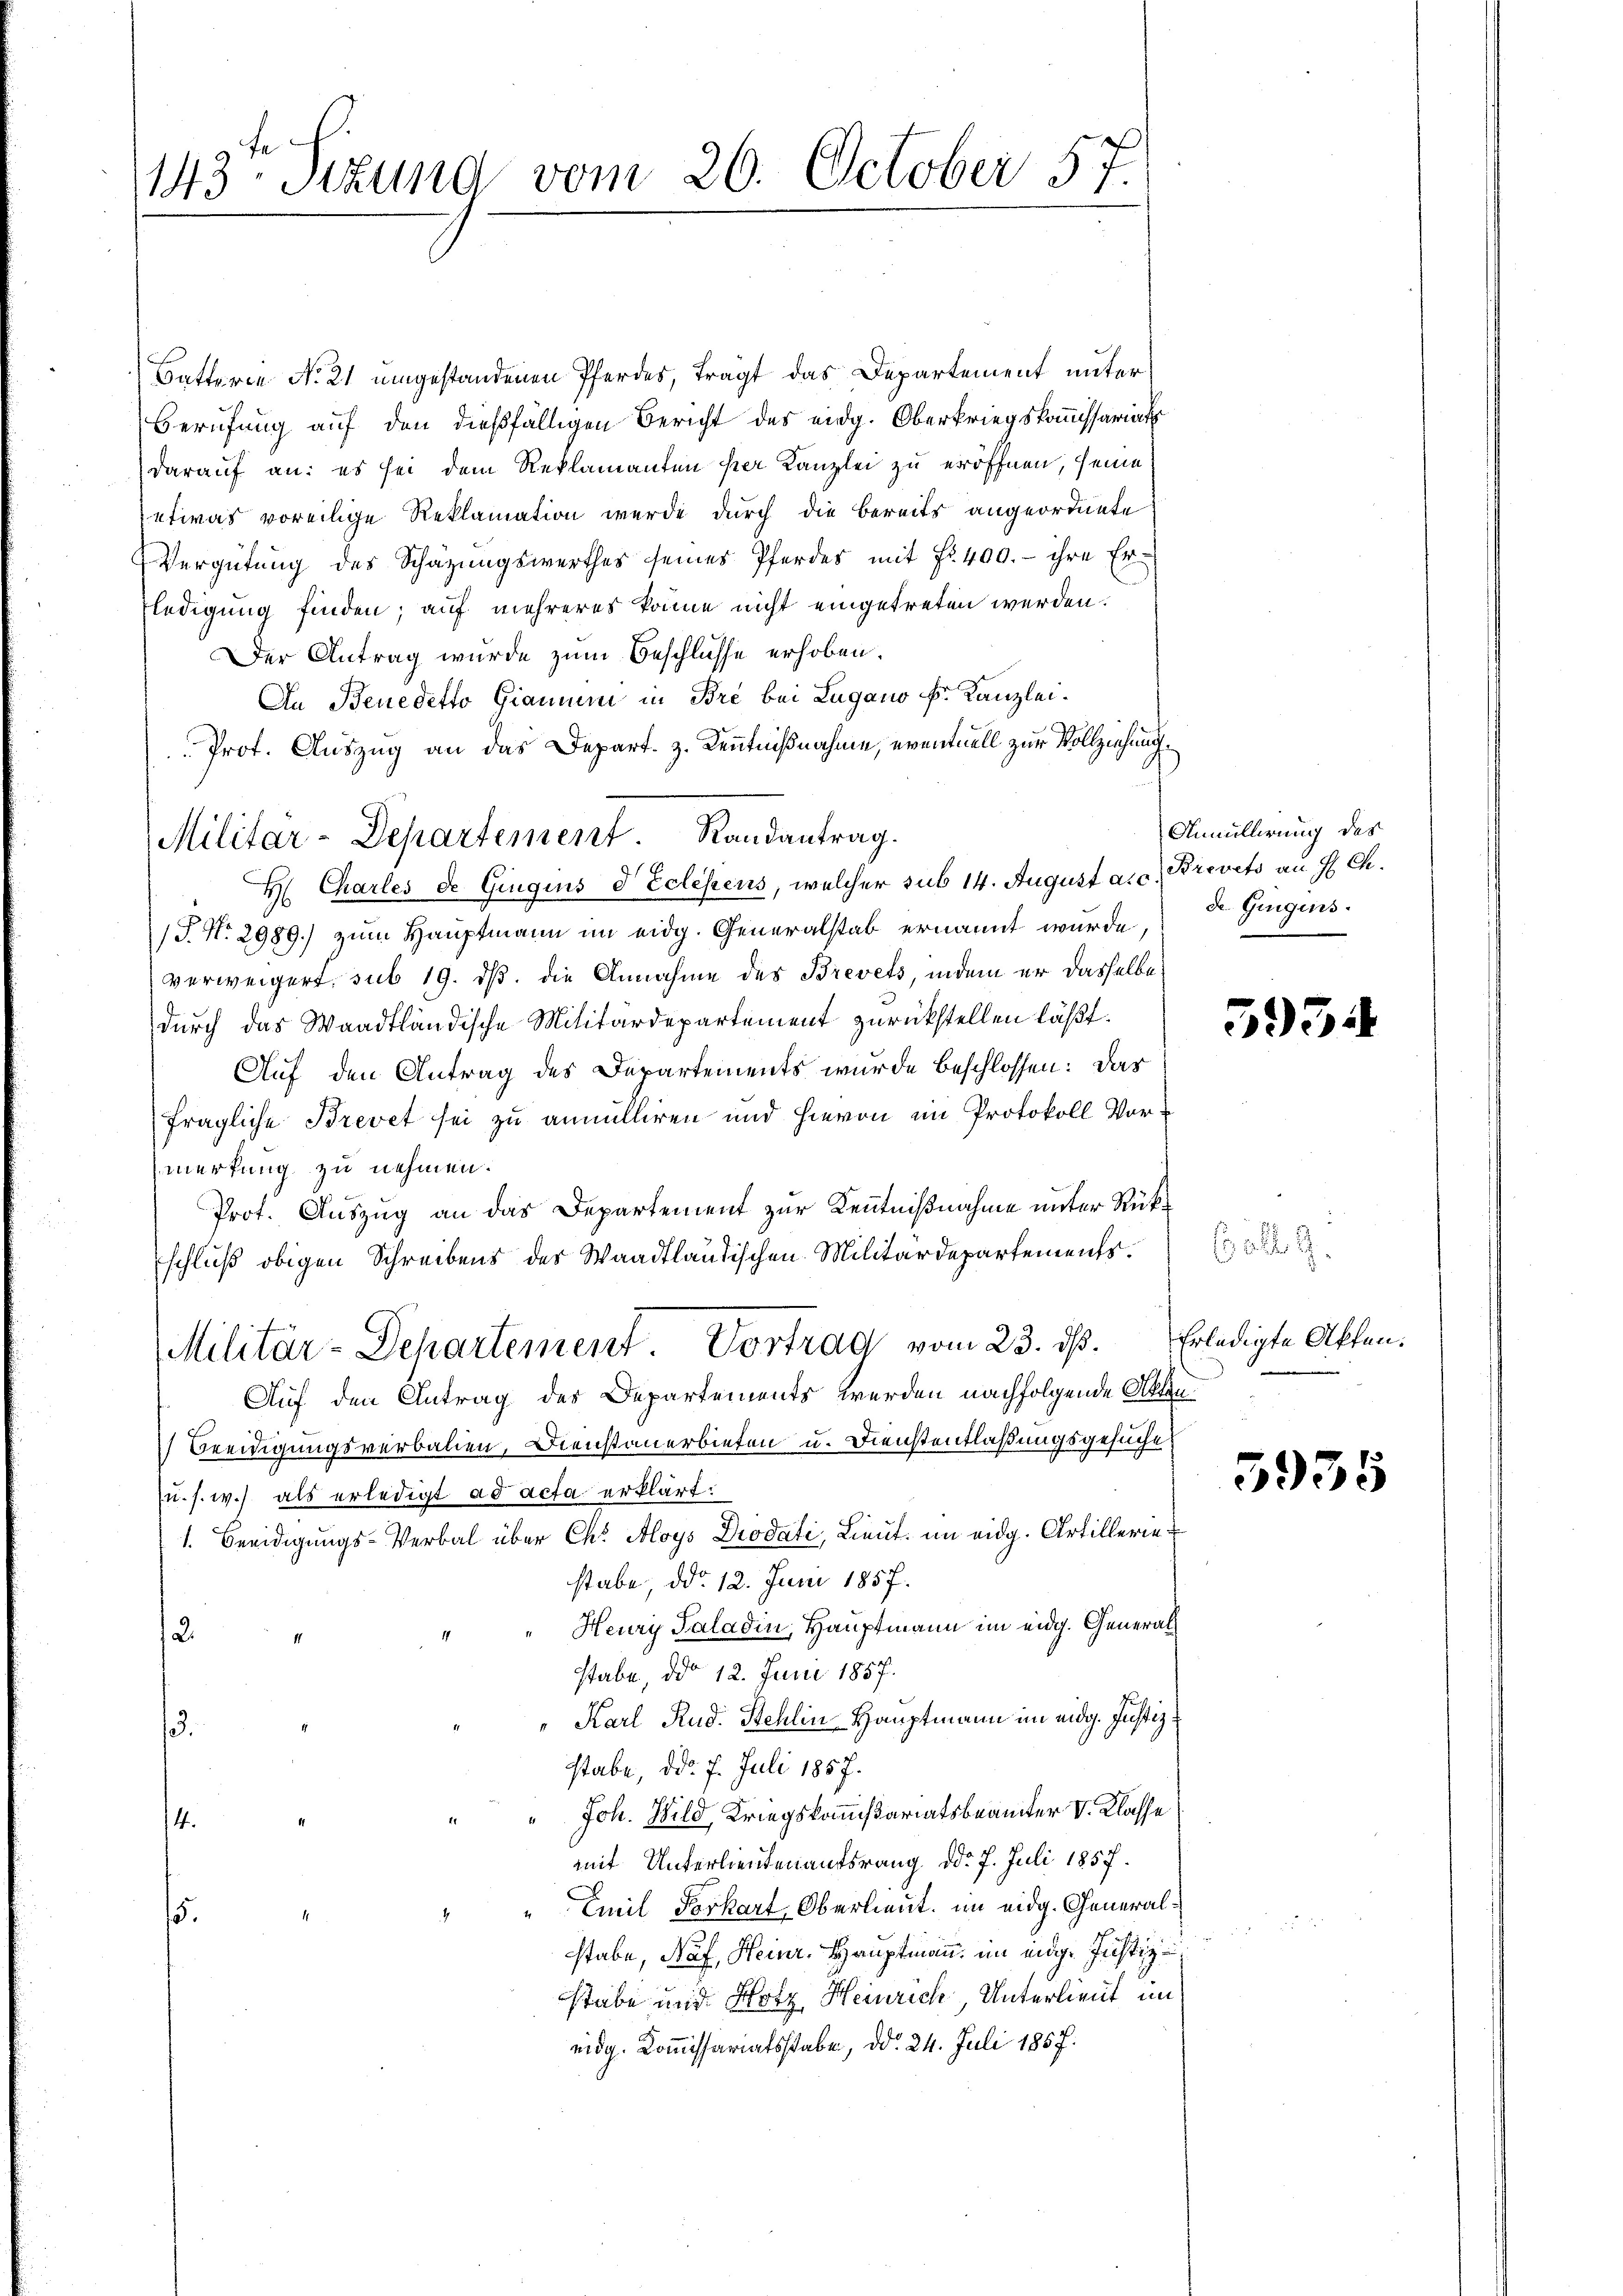
143. Sekund vom 26. October 57.

Batterie No 21 umgestandenen Pferdes, tragt das Departement unter
Berufung auf den dießfälligen Bericht des eidg. Oberkriegskommissariat
darauf an: es sei dem Reklamanten per Kanzlei zu eröffnen, seine
etwas voreilige Reklamation werde durch die bereits angeordnete
Vergütung des Schazungswerthes seines Pferdes mit Fr. 400.- ihre Er-
fledigung finden; auf mehreres könne nicht eingetreten werden.
Der Antrag wurde zum Beschlüsse erhoben.
An Benedetto Gianum in Bre bei Lugano k. Kanzlei.
Prot. Auszug an das Depart. 3. Kenntnißnahme, eventuell zur Vollziehungs¬
H Charles de Gingius d Eclehens, welcher sub 14. August a.c. Brevets an H Ch.
/J. No. 2989.) zum Hauptmann im eidg. Generalstab ernannt wurde,
verweigert, sub 19. ds. die Annahme des Brevets, indem er dasselbe
durch das Waadtländische Militärdepartement zurückstellen läßt.
Auf den Antrag des Departements wurde beschlossen: Das
fragliche Brevet sei zu annulliren und hievon im Protokoll Vormerkung zu nehmen.
Prot. Auszug an das Departement zur Kenntnißnahme unter Rükschluß obigen Schreibens des Waadtländischen Militärdepartements.
Militär-Departement Vortrag vom 23. dß.
Auf den Antrag des Departements werden nachfolgende Akten¬
Beeidigungsverbalien, Dienstanerbieten u. Dienstentlaßungsgesuche
(u. s. w.) als erledigt ad acta erklärt:
1. Beeidigungs-Verbal über Ch. Aloys Drodati, Lieut. im eidg. Artilleriestabe, ddo 12. Juni 1857.
Heury Paladin, Hauptmann im eidg. General¬
2.
stabe, ddo 12. Juni 1857.
" Karl Rud. Stehlin Hauptmann im eidg. Justiz
.
stabe, ddo 7. Juli 1857.
" Joh. Bild, Kriegskommißariatsbeamter V. Klasse
s
mit Unterlieutenantsrang ddo 7. Juli 1857.
Emil Vorkart, Oberlieut. im eidg. General¬
15.
stabe, Naf, Heinr. Hauptmann, im eidg. Justiz-
stabe und Hotz Heinrich, Unterlieut in
eidg. Kommissariatsstabe, ddo 24. Juli 1857.

Militär-Departement. Randantrag.

Anmüllerung des
de Gegens.

534

als G
Erledigte Akten.

5935